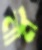
নীম